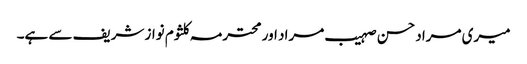
میری مراد حسن صہیب مراد اور محترمہ کلثوم نواز شریف سے ہے۔